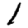
Digit: 1